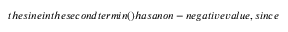
t h e s i n e i n t h e s e c o n d t e r m i n ( ) h a s a n o n - n e g a t i v e v a l u e , s i n c e